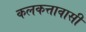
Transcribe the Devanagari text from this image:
कलकत्तावासी